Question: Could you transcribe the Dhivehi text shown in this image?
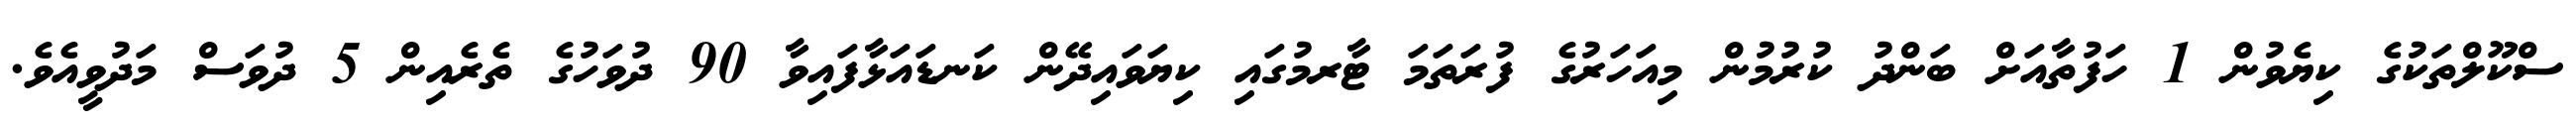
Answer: ސްކޫލްތަކުގެ ކިޔެވުން 1 ހަފުތާއަށް ބަންދު ކުރުމުން މިއަހަރުގެ ފުރަތަމަ ޓާރމުގައި ކިޔަވައިދޭން ކަނޑައަޅާފައިވާ 90 ދުވަހުގެ ތެރެއިން 5 ދުވަސް މަދުވީއެވެ.